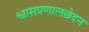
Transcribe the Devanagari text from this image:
श्वासप्रणालछेदन